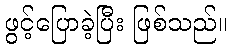
ဖွင့်ပြောခဲ့ပြီး ဖြစ်သည်။